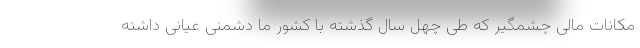
مکانات مالی چشمگیر که طی چهل سال گذشته با کشور ما دشمنی عیانی داشته